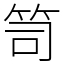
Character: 笥